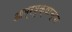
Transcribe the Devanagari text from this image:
आम्रवृक्षाच्या